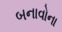
બનાવોના